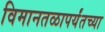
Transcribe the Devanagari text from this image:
विमानतळापर्यंतच्या